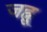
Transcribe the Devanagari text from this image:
जह्नु